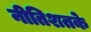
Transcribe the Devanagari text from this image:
नीतिशतके